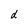
Character: d